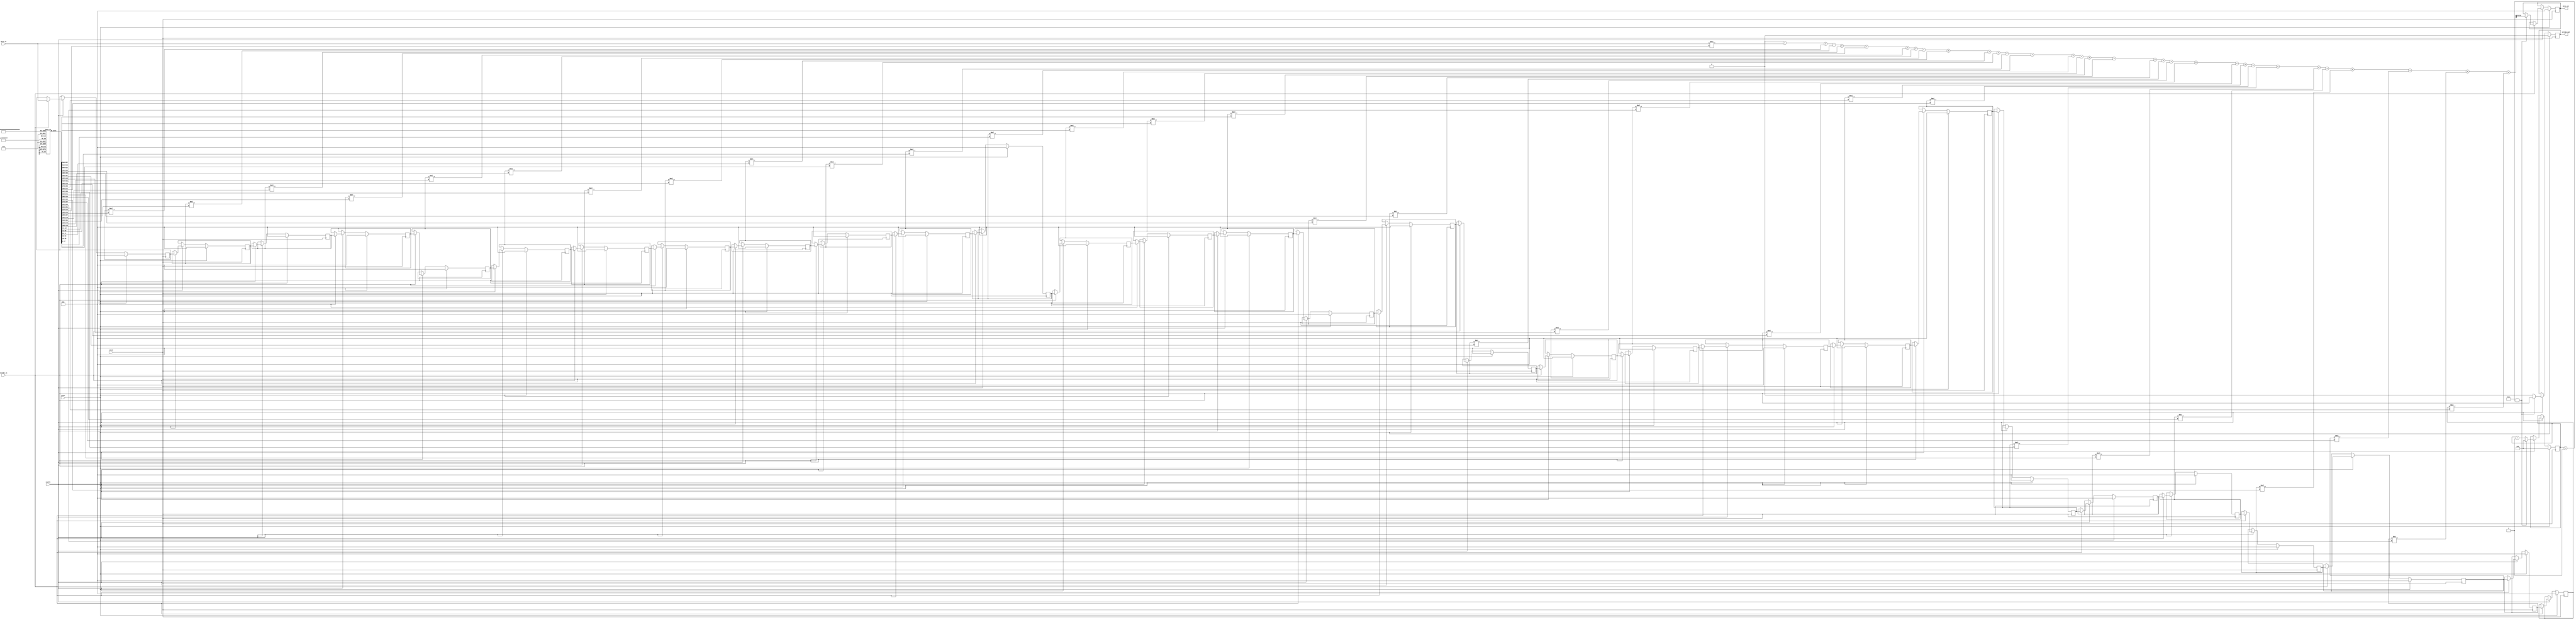
//
// Copyright 2011 Ettus Research LLC
//
// This program is free software: you can redistribute it and/or modify
// it under the terms of the GNU General Public License as published by
// the Free Software Foundation, either version 3 of the License, or
// (at your option) any later version.
//
// This program is distributed in the hope that it will be useful,
// but WITHOUT ANY WARRANTY; without even the implied warranty of
// MERCHANTABILITY or FITNESS FOR A PARTICULAR PURPOSE.  See the
// GNU General Public License for more details.
//
// You should have received a copy of the GNU General Public License
// along with this program.  If not, see <http://www.gnu.org/licenses/>.
//

module halfband_ideal (
    input                           clock,
    input                           reset,
    input                           enable,
    input                           strobe_in,
    input   wire    signed  [17:0]  data_in,
    output  reg                     strobe_out,
    output  reg     signed  [17:0]  data_out
) ;

    parameter                       decim   = 1 ;
    parameter                       rate    = 2 ;

    reg signed              [40:0]  temp ;
    reg signed              [17:0]  delay[30:0] ;
    reg signed              [17:0]  coeffs[30:0] ;
    reg                     [7:0]   count ;
    integer                         i ;

    initial begin
        for( i = 0 ; i < 31 ; i = i + 1 ) begin
            coeffs[i] = 18'd0 ;
        end
        coeffs[0]   = -1390 ;
        coeffs[2]   = 1604 ;
        coeffs[4]   = -1896 ;
        coeffs[6]   = 2317 ;
        coeffs[8]   = -2979 ;
        coeffs[10]  = 4172 ;
        coeffs[12]  = -6953 ;
        coeffs[14]  = 20860 ;
        coeffs[15]  = 32768 ;
        coeffs[16]  = 20860 ;
        coeffs[18]  = -6953 ;
        coeffs[20]  = 4172 ;
        coeffs[22]  = -2979 ;
        coeffs[24]  = 2317 ;
        coeffs[26]  = -1896 ;
        coeffs[28]  = 1604 ;
        coeffs[30]  = -1390 ;
    end

    always @(posedge clock) begin
        if( reset ) begin
            count <= 0 ;
            for( i = 0 ; i < 31 ; i = i + 1 ) begin
                delay[i] <= 18'd0 ;
            end
            temp        <= 41'd0 ;
            data_out    <= 18'd0 ;
            strobe_out  <= 1'b0 ;
        end else if( enable ) begin

            if( (decim && (count == rate-1)) || !decim ) 
                strobe_out <= strobe_in ;
            else
                strobe_out <= 1'b0 ;
            

            if( strobe_in ) begin
                // Increment decimation count
                count <= count + 1 ;

                // Shift the input
                for( i = 30 ; i > 0 ; i = i - 1 ) begin
                    delay[i] = delay[i-1] ;
                end
                delay[0] = data_in ;

                // clear the temp reg
                temp = 18'd0 ;
                if( (decim && (count == rate-1)) || !decim ) begin
                    count <= 0 ;
                    for( i = 0 ; i < 31 ; i = i + 1 ) begin
                        // Multiply Accumulate
                        temp = temp + delay[i]*coeffs[i] ;
                    end
                    // Assign data output
                    data_out <= temp >>> 15 ;
                end
            end
        end
    end
endmodule